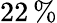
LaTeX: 22\, \%